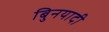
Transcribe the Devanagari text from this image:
बुिनयादी